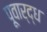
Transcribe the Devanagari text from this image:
पूवार्द्ध